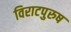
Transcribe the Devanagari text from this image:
विराटपुरुष